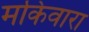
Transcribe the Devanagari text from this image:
मकिवारा